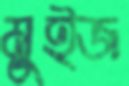
মুইজ